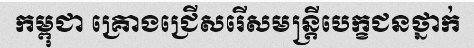
កម្ពុជា គ្រោងជ្រើសរើសមន្ត្រីបេក្ខជនថ្នាក់